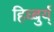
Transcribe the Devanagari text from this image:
हिघ्बुर्य्